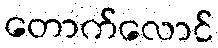
တောက်လောင်